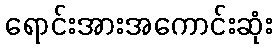
ရောင်းအားအကောင်းဆုံး